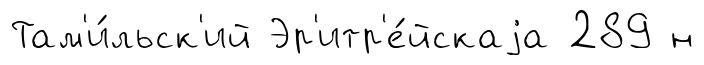
Там'и́льск'ий Эр'итр'е́йскаjа 289 н